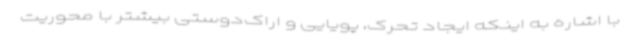
با اشاره به اینکه ایجاد تحرک، پویایی و اراک‌دوستی بیشتر با محوریت